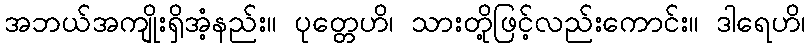
အဘယ်အကျိုးရှိအံ့နည်း။ ပုတ္တေဟိ၊ သားတို့ဖြင့်လည်းကောင်း။ ဒါရေဟိ၊